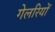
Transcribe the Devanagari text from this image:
गेलरियों